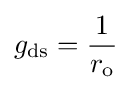
g_{\text{ds}}={\frac {1}{r_{\text{o}}}}